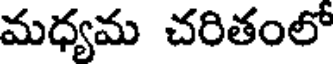
మధ్యమ చరితంలో